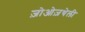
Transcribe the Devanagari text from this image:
ज़ोओज़थेली